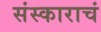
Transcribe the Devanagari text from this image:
संस्काराचं